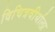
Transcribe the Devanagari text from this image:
विचित्रवीर्याला